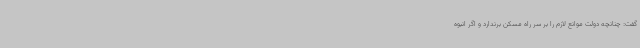
گفت: چنانچه دولت موانع لازم را بر سر راه مسکن برندارد و اگر انبوه